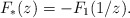
\begin{align*}F_*(z) = -F_1(1/z).\end{align*}